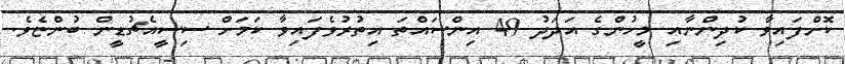
ކޮށްފައިވާ ކުދިންނާއި މީހުންގެ އަދަދު 49 އިންސައްތަ އިތުރުވެފައިވާ ކަމަށް ސިސީއެޗުޑީން ބުންޏެވެ.